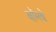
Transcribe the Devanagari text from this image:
बॉमबे